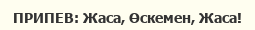
ПРИПЕВ: Жаса, Өскемен, Жаса!